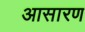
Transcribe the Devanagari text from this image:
आसारण